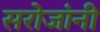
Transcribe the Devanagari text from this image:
सरोजांनी